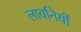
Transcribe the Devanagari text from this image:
लावनियों